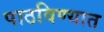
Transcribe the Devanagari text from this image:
पाठविण्‍यात